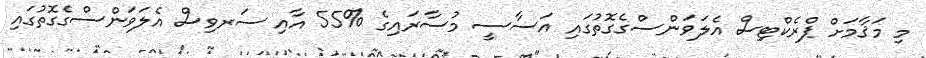
މި މަޤާމަށް ޕްރެކްޓިސް އެލަވަންސްގެގޮތުގައި އަސާސީ މުސާރައިގެ %55 އާއި ސަރވިސް އެލަވަންސްގެގޮތުގައި